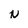
Character: N